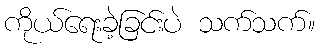
ကိုယ်ရေးခဲ့ခြင်းပဲ သက်သက်။